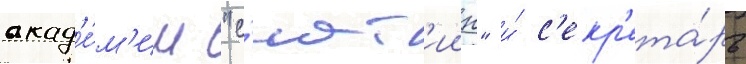
акад'е́м'ии "с'ют'иин" и́ с'екр'ета́рь